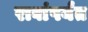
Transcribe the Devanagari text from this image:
रावांपर्यंत